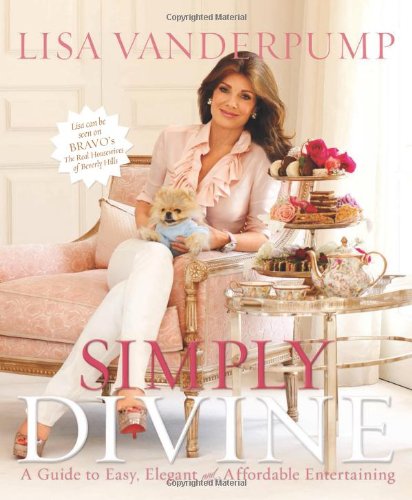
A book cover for Simply Divine: A Guide to Easy, Elegant, and Affordable Entertaining; Lisa Vanderpump; Cookbooks, Food & Wine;